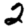
Digit: 2